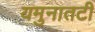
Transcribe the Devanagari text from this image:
यमुनातटी